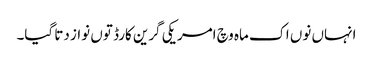
انہاں نو‏ں اک ماہ وچ امریکی گرین کارڈ تو‏ں نواز دتا گیا۔